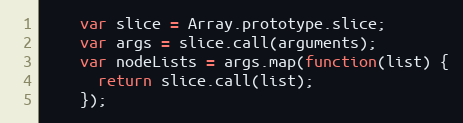
Language: JavaScript
    var slice = Array.prototype.slice;
    var args = slice.call(arguments);
    var nodeLists = args.map(function(list) {
      return slice.call(list);
    });